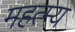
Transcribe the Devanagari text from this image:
महत्म्य